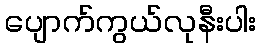
ပျောက်ကွယ်လုနီးပါး